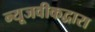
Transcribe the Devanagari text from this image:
न्यूजवीकद्वारा